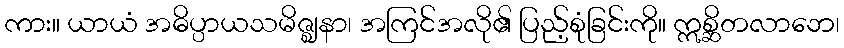
ကား။ ယာယံ အဓိပ္ပာယသမိဇ္ဈနာ၊ အကြင်အလို၏ ပြည့်စုံခြင်းကို။ ဣစ္ဆိတလာဘေ၊